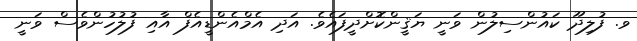
ވ. ފުލިދޫ ކައުންސިލުން ވަނީ ޔަޤީންކޮށްދީފައެވެ. އަދި އެމްއެންޑީއެފް އާއި ފުލުހުންވެސް ވަނީ